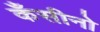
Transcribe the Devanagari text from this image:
कँसीनो